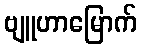
ဗျူဟာမြောက်